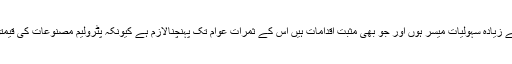
وزیراعظم نے کہاکہ حکومت چاہتی ہے کہ عوام کو زیادہ سے زیادہ سہولیات میسر ہوں اور جو بھی مثبت اقدامات ہیں اس کے ثمرات عوام تک پہنچنالازم ہے کیونکہ پٹرولیم مصنوعات کی قیمتوں میں کمی کے حوالے سے بہت زیادہ گنجائش موجود ہے ۔